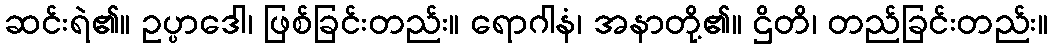
ဆင်းရဲ၏။ ဥပ္ပာဒေါ၊ ဖြစ်ခြင်းတည်း။ ရောဂါနံ၊ အနာတို့၏။ ဌိတိ၊ တည်ခြင်းတည်း။